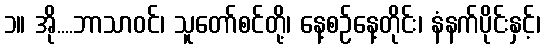
၁။ အို....ဘာသာဝင်၊ သူတော်စင်တို့၊ နေ့စဉ်နေ့တိုင်း၊ နံနက်ပိုင်းနှင့်၊